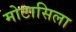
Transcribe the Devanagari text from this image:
मोटासिला